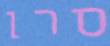
סרן